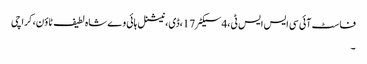
فاسٹ آئی سی ایس ایس ٹی،4سیکٹر17،ڈی، نیشنل ہائی وے شاہ لطیف ٹاؤن، کراچی
۔